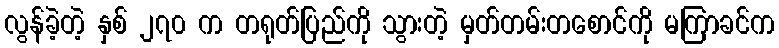
လွန်ခဲ့တဲ့ နှစ် ၂၇၀ က တရုတ်ပြည်ကို သွားတဲ့ မှတ်တမ်းတစောင်ကို မကြာခင်က